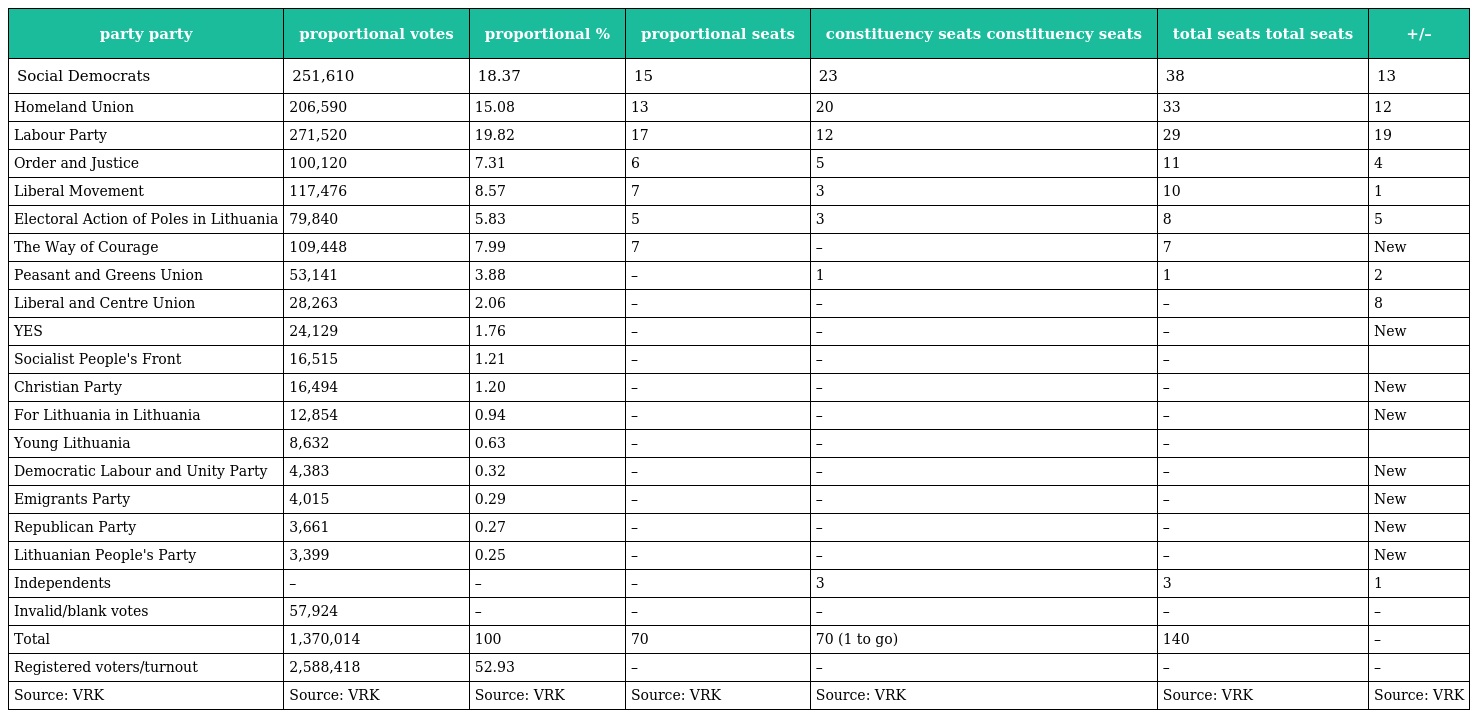
| party party | proportional votes | proportional % | proportional seats | constituency seats constituency seats | total seats total seats | +/– |
 | --- | --- | --- | --- | --- | --- | --- |
 | Social Democrats | 251,610 | 18.37 | 15 | 23 | 38 | 13 |
 | Homeland Union | 206,590 | 15.08 | 13 | 20 | 33 | 12 |
 | Labour Party | 271,520 | 19.82 | 17 | 12 | 29 | 19 |
 | Order and Justice | 100,120 | 7.31 | 6 | 5 | 11 | 4 |
 | Liberal Movement | 117,476 | 8.57 | 7 | 3 | 10 | 1 |
 | Electoral Action of Poles in Lithuania | 79,840 | 5.83 | 5 | 3 | 8 | 5 |
 | The Way of Courage | 109,448 | 7.99 | 7 | – | 7 | New |
 | Peasant and Greens Union | 53,141 | 3.88 | – | 1 | 1 | 2 |
 | Liberal and Centre Union | 28,263 | 2.06 | – | – | – | 8 |
 | YES | 24,129 | 1.76 | – | – | – | New |
 | Socialist People's Front | 16,515 | 1.21 | – | – | – |  |
 | Christian Party | 16,494 | 1.20 | – | – | – | New |
 | For Lithuania in Lithuania | 12,854 | 0.94 | – | – | – | New |
 | Young Lithuania | 8,632 | 0.63 | – | – | – |  |
 | Democratic Labour and Unity Party | 4,383 | 0.32 | – | – | – | New |
 | Emigrants Party | 4,015 | 0.29 | – | – | – | New |
 | Republican Party | 3,661 | 0.27 | – | – | – | New |
 | Lithuanian People's Party | 3,399 | 0.25 | – | – | – | New |
 | Independents | – | – | – | 3 | 3 | 1 |
 | Invalid/blank votes | 57,924 | – | – | – | – | – |
 | Total | 1,370,014 | 100 | 70 | 70 (1 to go) | 140 | – |
 | Registered voters/turnout | 2,588,418 | 52.93 | – | – | – | – |
 | Source: VRK | Source: VRK | Source: VRK | Source: VRK | Source: VRK | Source: VRK | Source: VRK |